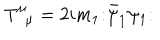
T _ { \; \; \mu } ^ { \mu } = 2 i m _ { 1 } \mathbf { : } \bar { \psi } _ { 1 } \psi _ { 1 } \mathbf { : }